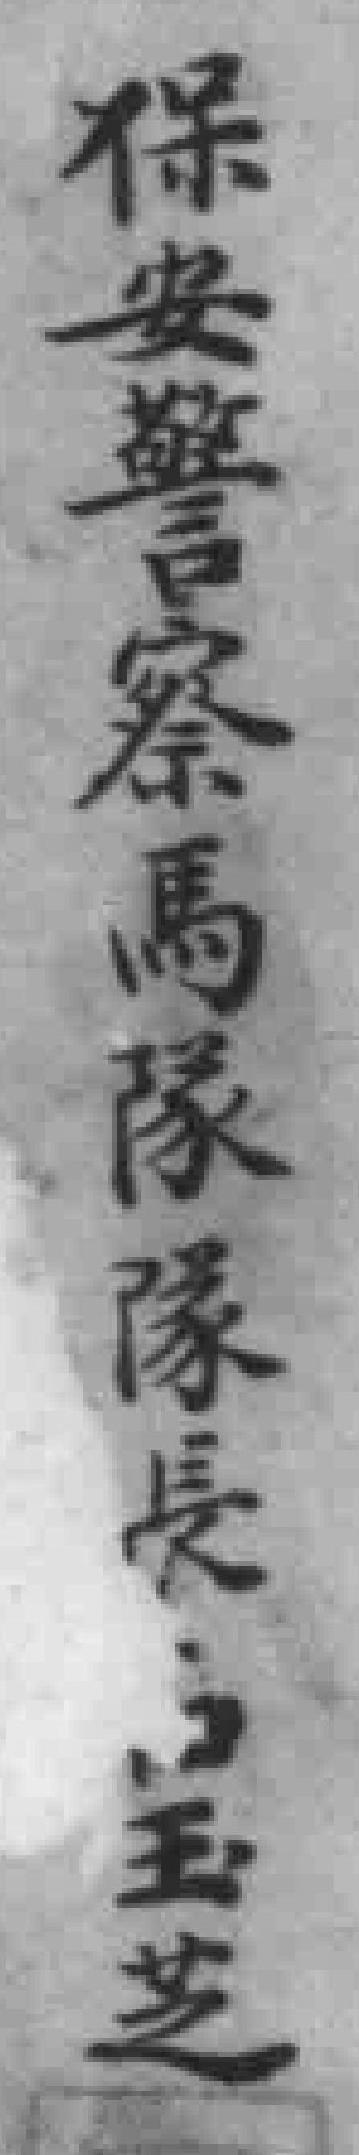
保安警察馬隊隊長*玉芝